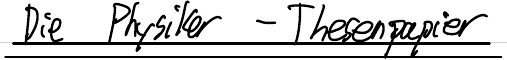
Die Physiker - Thesenpapier